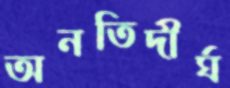
অনতিদীর্ঘ